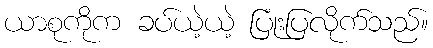
ယာစုကိုက ခပ်ယဲ့ယဲ့ ပြုံးပြလိုက်သည်။